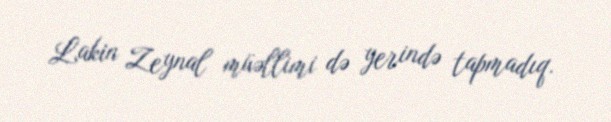
Lakin Zeynal müəllimi də yerində tapmadıq.